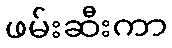
ဖမ်းဆီးကာ